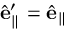
\hat { \mathbf { e } } _ { \parallel } ^ { \prime } = \hat { \mathbf { e } } _ { \parallel }